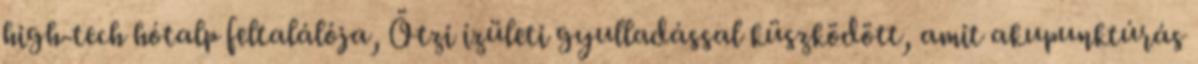
high-tech hótalp feltalálója, Ötzi ízületi gyulladással küszködött, amit akupunktúrás